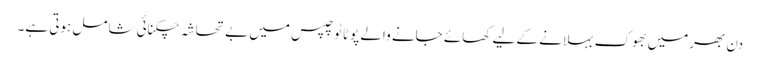
دن بھرمیں بھوک بہلانے کے لیے کھائے جانے والے پوٹاٹو چپس میں بے تحاشہ چکنائی شامل ہوتی ہے۔